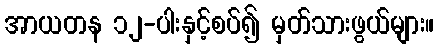
အာယတန ၁၂-ပါးနှင့်စပ်၍ မှတ်သားဖွယ်များ။